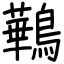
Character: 鷨